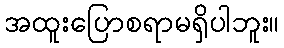
အထူးပြောစရာမရှိပါဘူး။